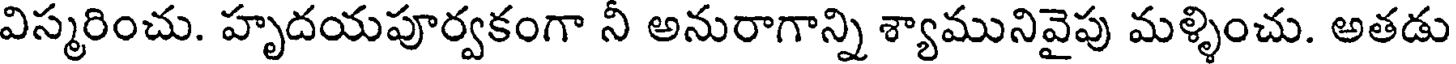
విస్మరించు. హృదయపూర్వకంగా నీ అనురాగాన్ని శ్యామునివైపు మళ్ళించు. అతడు